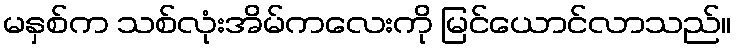
မနှစ်က သစ်လုံးအိမ်ကလေးကို မြင်ယောင်လာသည်။